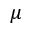
\mu